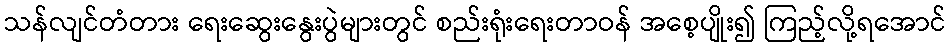
သန်လျင်တံတား ရေးဆွေးနွေးပွဲများတွင် စည်းရုံးရေးတာဝန် အစေ့ပျိုး၍ ကြည့်လို့ရအောင်